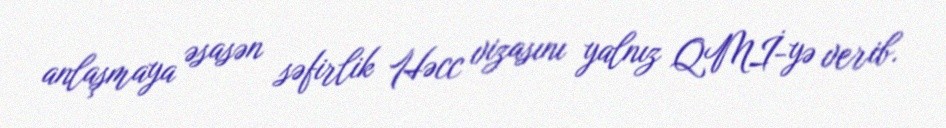
anlaşmaya əsasən səfirlik Həcc vizasını yalnız QMİ-yə verib.